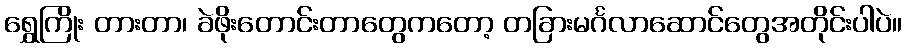
ရွှေကြိုး တားတာ၊ ခဲဖိုးတောင်းတာတွေကတော့ တခြားမင်္ဂလာဆောင်တွေအတိုင်းပါပဲ။